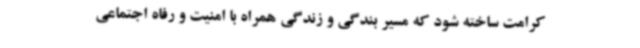
کرامت ساخته شود که مسیر بندگی و زندگی همراه با امنیت و رفاه اجتماعی